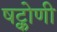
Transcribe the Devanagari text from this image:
षट्कोणी